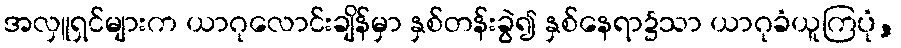
အလှူရှင်များက ယာဂုလောင်းချိန်မှာ နှစ်တန်းခွဲ၍ နှစ်နေရာ၌သာ ယာဂုခံယူကြပုံ,